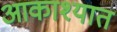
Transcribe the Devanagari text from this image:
आकाश्यात